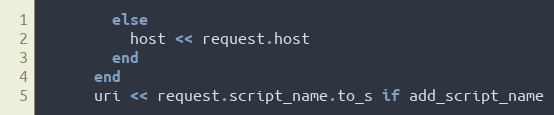
Language: Ruby
        else
          host << request.host
        end
      end
      uri << request.script_name.to_s if add_script_name